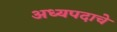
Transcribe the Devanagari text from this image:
अध्यपदाचे